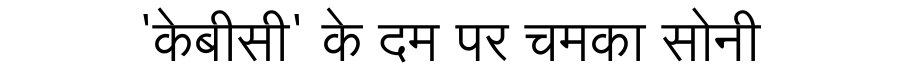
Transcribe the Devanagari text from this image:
'केबीसी' के दम पर चमका सोनी